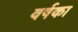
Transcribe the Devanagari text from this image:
वर्षका